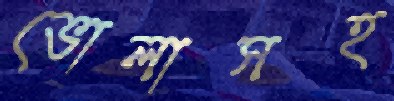
ভোলাসহ